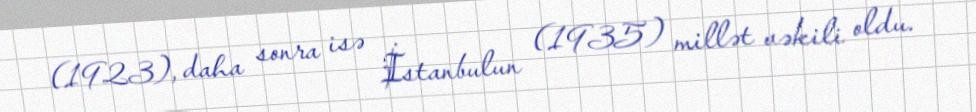
(1923), daha sonra isə İstanbulun (1935) millət vəkili oldu.